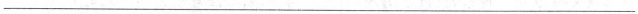
___